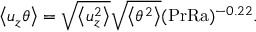
\left\langle u _ { z } \theta \right\rangle = \sqrt { \left\langle u _ { z } ^ { 2 } \right\rangle } \sqrt { \left\langle \theta ^ { 2 } \right\rangle } ( \mathrm { P r R a } ) ^ { - 0 . 2 2 } .